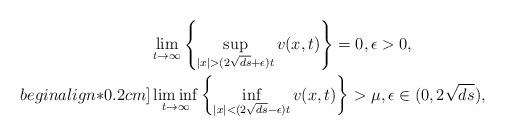
LaTeX: \begin{align*} &\lim\limits_{t\rightarrow\infty}\left\{\sup\limits_{|x|>(2\sqrt{ds}+\epsilon)t}v(x,t)\right\}=0, \epsilon>0,\\begin{align*}0.2cm] &\liminf\limits_{t\rightarrow\infty}\left\{\inf\limits_{|x|<(2\sqrt{ds}-\epsilon)t}v(x,t)\right\}>\mu, \epsilon\in(0,2\sqrt{ds}),\end{align*}